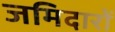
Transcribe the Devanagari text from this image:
जमिदारों